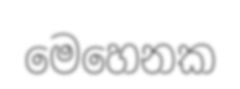
මෙහෙනක